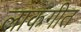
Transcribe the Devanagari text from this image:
लाकगीत